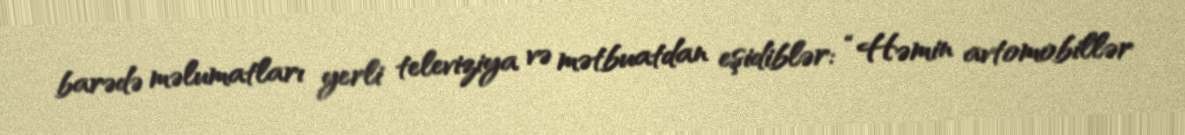
barədə məlumatları yerli televiziya və mətbuatdan eşidiblər: “Həmin avtomobillər